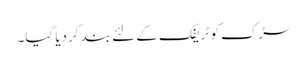
سڑک کو ٹریفک کے لئے بند کردیا گیا۔